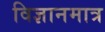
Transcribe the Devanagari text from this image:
विज्ञानमात्र